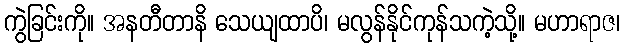
ကွဲခြင်းကို။ အနတီတာနိ သေယျထာပိ၊ မလွန်နိုင်ကုန်သကဲ့သို့။ မဟာရာဇ၊